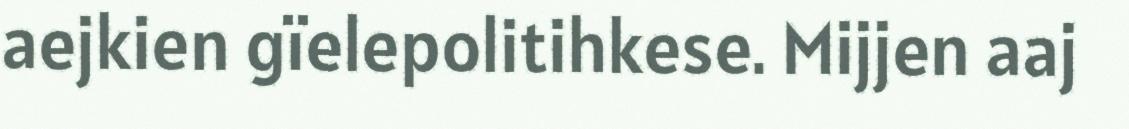
aejkien gïelepolitihkese. Mijjen aaj